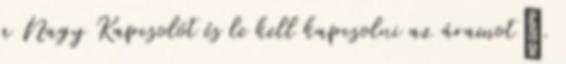
a Nagy Kapcsolót és le kell kapcsolni az áramot”.